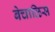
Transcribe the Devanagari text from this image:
बेचाळिस